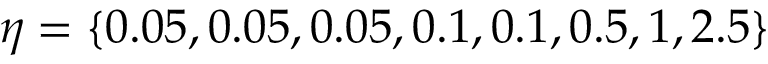
\eta = \{ 0 . 0 5 , 0 . 0 5 , 0 . 0 5 , 0 . 1 , 0 . 1 , 0 . 5 , 1 , 2 . 5 \}